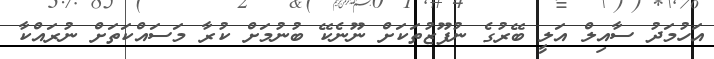
އަހުމަދު ސާއިލް އަލީ ބޭރުގެ ނުފޫޒުތަކަށް ނޫނެކޭ ބުނުމަށް ކުރާ މަސައްކަތަށް ނުރައްކާ